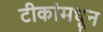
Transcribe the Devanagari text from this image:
टीकांमधून